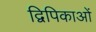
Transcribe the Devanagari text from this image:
द्विपिकाओं